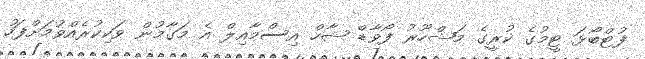
ފުޓްބޯޅަ ޓީމުގެ ކުރީގެ މަޝްހޫރު ފޯވާޑް ޝާހް އިސްމާއިލް އެ މަގާމުން ވަކިކުރެއްވުމަށްފަހު